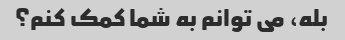
بله، می توانم به شما کمک کنم؟